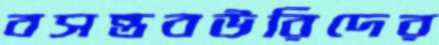
বসন্তবউরিদের